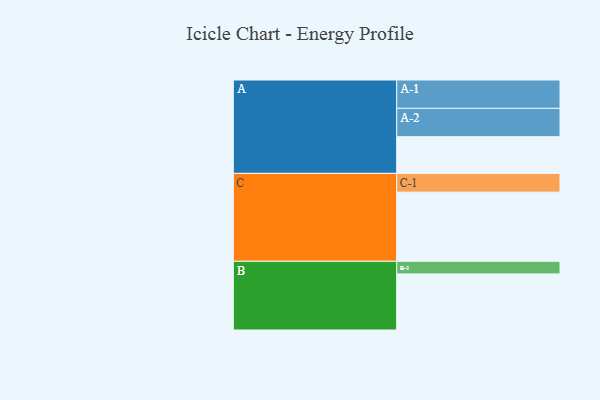
{"axis": {"x": "Segment", "y": "Value"}, "legend": ["", "A", "B", "C"], "data": [{"x": "A", "y": 309, "type": ""}, {"x": "B", "y": 473, "type": ""}, {"x": "C", "y": 583, "type": ""}, {"x": "A-1", "y": 239, "type": "A"}, {"x": "A-2", "y": 239, "type": "A"}, {"x": "B-1", "y": 106, "type": "B"}, {"x": "C-1", "y": 158, "type": "C"}]}